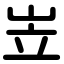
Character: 岦